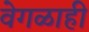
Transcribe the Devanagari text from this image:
वेगळाही